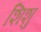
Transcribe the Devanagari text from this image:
शिशु